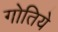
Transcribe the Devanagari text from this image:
गोतिये